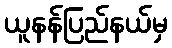
ယူနန်ပြည်နယ်မှ